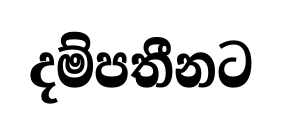
දම්පතීනට